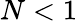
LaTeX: N<1